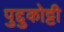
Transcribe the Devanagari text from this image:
पुद्दुकोट्टी